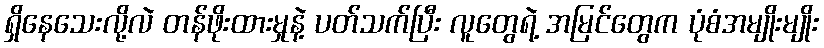
ရှိနေသေးလို့လဲ တန်ဖိုးထားမှုနဲ့ ပတ်သက်ပြီး လူတွေရဲ့ အမြင်တွေက ပုံစံအမျိုးမျိုး